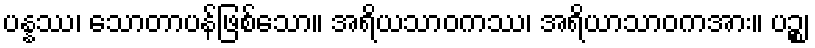
ပန္နဿ၊ သောတာပန်ဖြစ်သော။ အရိယသာဝကဿ၊ အရိယာသာဝကအား။ ပဉ္စ၊